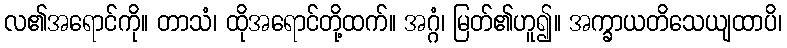
လ၏အရောင်ကို။ တာသံ၊ ထိုအရောင်တို့ထက်။ အဂ္ဂံ၊ မြတ်၏ဟူ၍။ အက္ခာယတိသေယျထာပိ၊